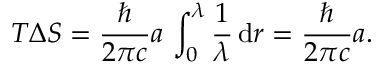
T \Delta S = \frac { \hbar } { 2 \pi c } a \, \int _ { 0 } ^ { \lambda } \frac { 1 } { \lambda } \, \mathrm { d } r = \frac { \hbar } { 2 \pi c } a .